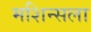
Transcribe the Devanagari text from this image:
मशिन्सला